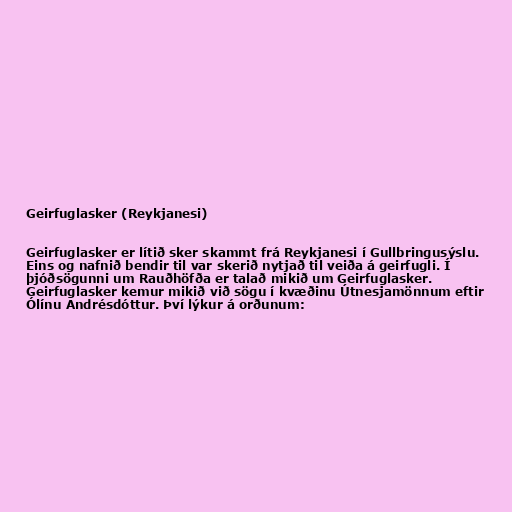
Geirfuglasker (Reykjanesi)

Geirfuglasker er lítið sker skammt frá Reykjanesi í Gullbringusýslu.
Eins og nafnið bendir til var skerið nytjað til veiða á geirfugli. Í
þjóðsögunni um Rauðhöfða er talað mikið um Geirfuglasker.
Geirfuglasker kemur mikið við sögu í kvæðinu Útnesjamönnum eftir
Ólínu Andrésdóttur. Því lýkur á orðunum: